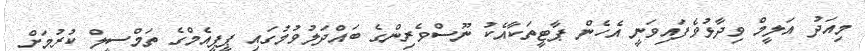
މިއަދު އަލީމް ވިދާޅުވެފައިވަނީ އެހެން ޕާޓީތަކާއެކު ނޫސްވެރިންގެ ބައްދަލުވުމުގައި ޕީޕީއެމްގެ ތަމްސީލް ކުރުމަށް